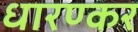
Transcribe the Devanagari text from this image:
धारण्कर